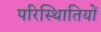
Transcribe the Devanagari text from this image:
परिस्थिातियों